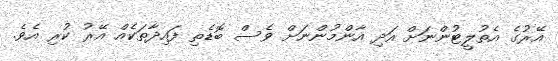
އޭރުގެ އެތުލީޓުންނަށް އަދި އާންމުންނަށް ވެސް ބޮޑެތި ފައިދާތަކެއް އޭރު ކުރި އެވެ.